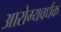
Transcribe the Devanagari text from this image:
आरोग्‍यवर्धक